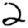
Digit: 2